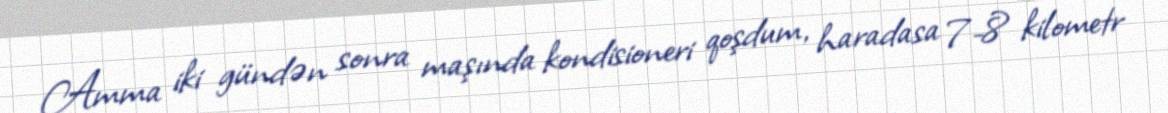
Amma iki gündən sonra maşında kondisioneri qoşdum, haradasa 7-8 kilometr